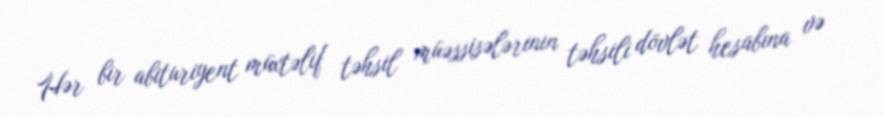
Hər bir abituriyent müxtəlif təhsil müəssisələrinin təhsili dövlət hesabına və